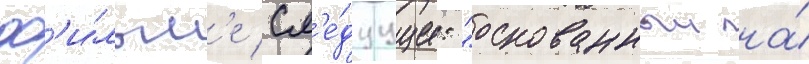
ф'и́льм'е сл'е́дуущее: "основанныи на́